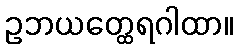
ဥဘယတ္ထေရဂါထာ။